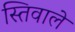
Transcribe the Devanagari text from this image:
स्तिवाले